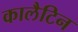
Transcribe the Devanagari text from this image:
कालैटिन